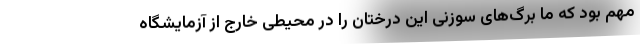
مهم بود که ما برگ‌های سوزنی این درختان را در محیطی خارج از آزمایشگاه